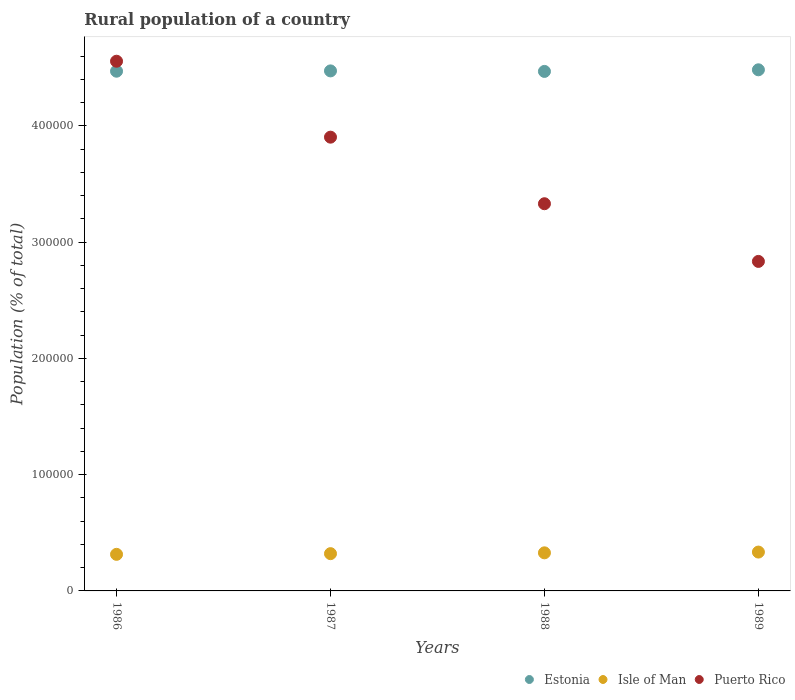
| Years | Estonia | Isle of Man | Puerto Rico |
 | --- | --- | --- | --- |
 | 1986 | 4.47e+05 | 3.15e+04 | 4.56e+05 |
 | 1987 | 4.47e+05 | 3.21e+04 | 3.9e+05 |
 | 1988 | 4.47e+05 | 3.28e+04 | 3.33e+05 |
 | 1989 | 4.48e+05 | 3.34e+04 | 2.83e+05 |